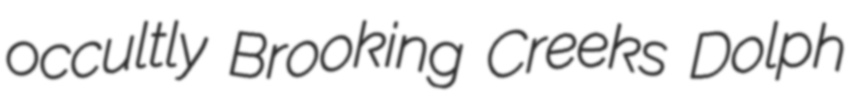
occultly Brooking Creeks Dolph